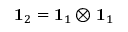
\mathbf { 1 } _ { 2 } = \mathbf { 1 } _ { 1 } \otimes \mathbf { 1 } _ { 1 }